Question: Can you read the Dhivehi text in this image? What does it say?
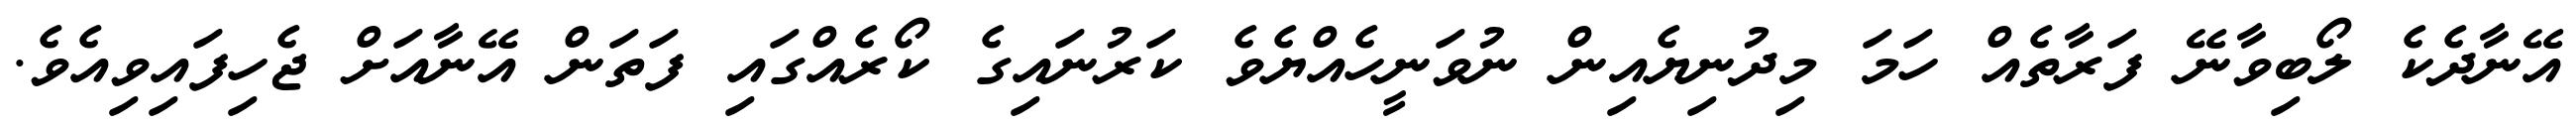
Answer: އޭނާދެކެ ލޯބިވާނޭ ފަރާތެއް ހަމަ މިދުނިޔެއިން ނުވަނީހެއްޔެވެ ކަރުނައިގެ ކޯރެއްގައި ފަތަން އޭނާއަށް ޖެހިފައިވިއެވެ.